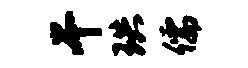
干珙儒